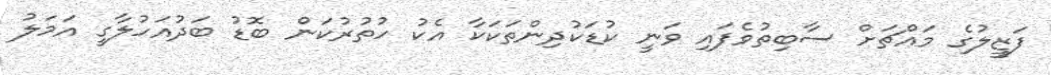
ފަޒީލުގެ މައްޗަށް ސާބިތުވެފައި ވަނީ ކުޑަކުދިންތަކަކާ އެކު ހުތުރުކަން ބޮޑު ބަދުއަހުލާގީ އަމަލު